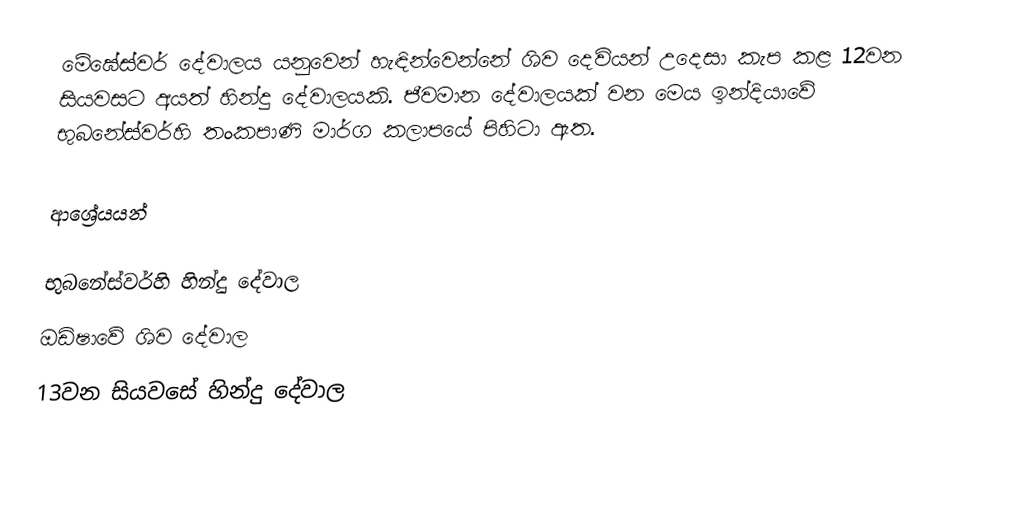
මේඝේස්වර් දේවාලය යනුවෙන් හැඳින්වෙන්නේ ශිව දෙවියන් උදෙසා කැප කළ 12වන සියවසට අයත් හින්දු දේවාලයකි. ජීවමාන දේවාලයක් වන මෙය ඉන්දියාවේ භුබනේස්වර්හි තංකපාණි මාර්ග කලාපයේ පිහිටා ඇත.

ආශ්‍රේයයන්

භුබනේස්වර්හි හින්දු දේවාල
ඔඩිෂාවේ ශිව දේවාල
13වන සියවසේ හින්දු දේවාල